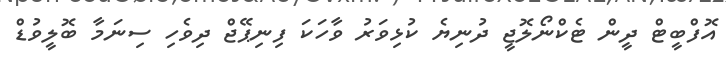
އޮފްބީޓް ދީން ޓެކްނޯލޮޖީ ދުނިޔެ ކުޅިވަރު ވާހަކަ ފިނިޕޭޖް ދިވެހި ސިނަމާ ބޮލީވުޑް